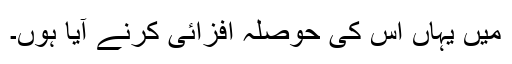
میں یہاں اس کی حوصلہ افزائی کرنے آیا ہوں۔